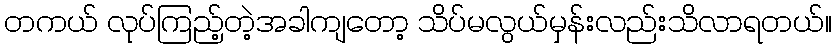
တကယ် လုပ်ကြည့်တဲ့အခါကျတော့ သိပ်မလွယ်မှန်းလည်းသိလာရတယ်။